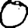
Digit: 0